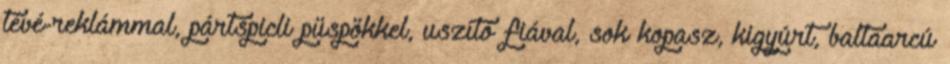
tévé-reklámmal, pártspicli püspökkel, uszító fiával, sok kopasz, kigyúrt, baltaarcú